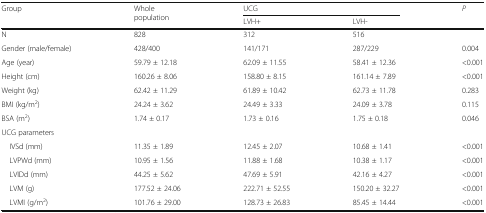
<table><thead><tr><td rowspan="2"><b>Group</b></td><td rowspan="2"><b>Whole population</b></td><td colspan="2"><b>UCG</b></td><td rowspan="2"><b><i>P</i></b></td></tr><tr><td><b>LVH+</b></td><td><b>LVH-</b></td></tr></thead><tbody><tr><td>N</td><td>828</td><td>312</td><td>516</td><td></td></tr><tr><td>Gender (male/female)</td><td>428/400</td><td>141/171</td><td>287/229</td><td>0.004</td></tr><tr><td>Age (year)</td><td>59.79 ± 12.18</td><td>62.09 ± 11.55</td><td>58.41 ± 12.36</td><td>&lt;0.001</td></tr><tr><td>Height (cm)</td><td>160.26 ± 8.06</td><td>158.80 ± 8.15</td><td>161.14 ± 7.89</td><td>&lt;0.001</td></tr><tr><td>Weight (kg)</td><td>62.42 ± 11.29</td><td>61.89 ± 10.42</td><td>62.73 ± 11.78</td><td>0.283</td></tr><tr><td>BMI (kg/m<sup>2</sup>)</td><td>24.24 ± 3.62</td><td>24.49 ± 3.33</td><td>24.09 ± 3.78</td><td>0.115</td></tr><tr><td>BSA (m<sup>2</sup>)</td><td>1.74 ± 0.17</td><td>1.73 ± 0.16</td><td>1.75 ± 0.18</td><td>0.046</td></tr><tr><td colspan="5">UCG parameters</td></tr><tr><td> IVSd (mm)</td><td>11.35 ± 1.89</td><td>12.45 ± 2.07</td><td>10.68 ± 1.41</td><td>&lt;0.001</td></tr><tr><td> LVPWd (mm)</td><td>10.95 ± 1.56</td><td>11.88 ± 1.68</td><td>10.38 ± 1.17</td><td>&lt;0.001</td></tr><tr><td> LVIDd (mm)</td><td>44.25 ± 5.62</td><td>47.69 ± 5.91</td><td>42.16 ± 4.27</td><td>&lt;0.001</td></tr><tr><td> LVM (g)</td><td>177.52 ± 24.06</td><td>222.71 ± 52.55</td><td>150.20 ± 32.27</td><td>&lt;0.001</td></tr><tr><td> LVMI (g/m<sup>2</sup>)</td><td>101.76 ± 29.00</td><td>128.73 ± 26.83</td><td>85.45 ± 14.44</td><td>&lt;0.001</td></tr></tbody></table>